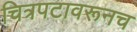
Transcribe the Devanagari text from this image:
चित्रपटावरूनच